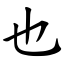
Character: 也